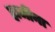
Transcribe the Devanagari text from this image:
हाजींना